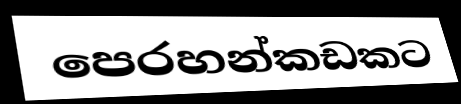
පෙරහන්කඩකට